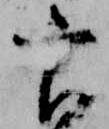
官